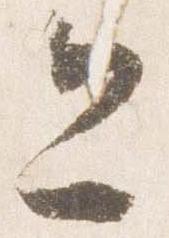
今